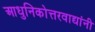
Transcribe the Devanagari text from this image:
आधुनिकोत्तरवाद्यांनी